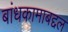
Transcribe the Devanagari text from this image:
बांधकामाबद्दल